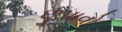
છૂપાવો